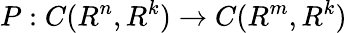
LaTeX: P:C(R^{n},R^{k})\to C(R^{m},R^{k})